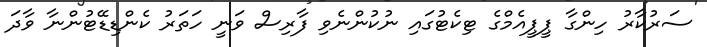
ސަރުކާރު ހިންގާ ޕީޕީއެމްގެ ޓިކެޓުގައި ނުކުންނެވި ފާރިސް ވަނީ ހަތަރު ކެންޑިޑޭޓުންނާ ވާދަ